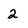
Character: 2